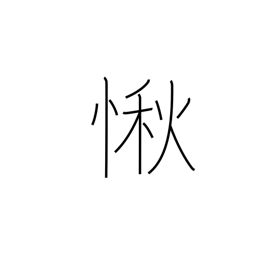
Meaning: respect